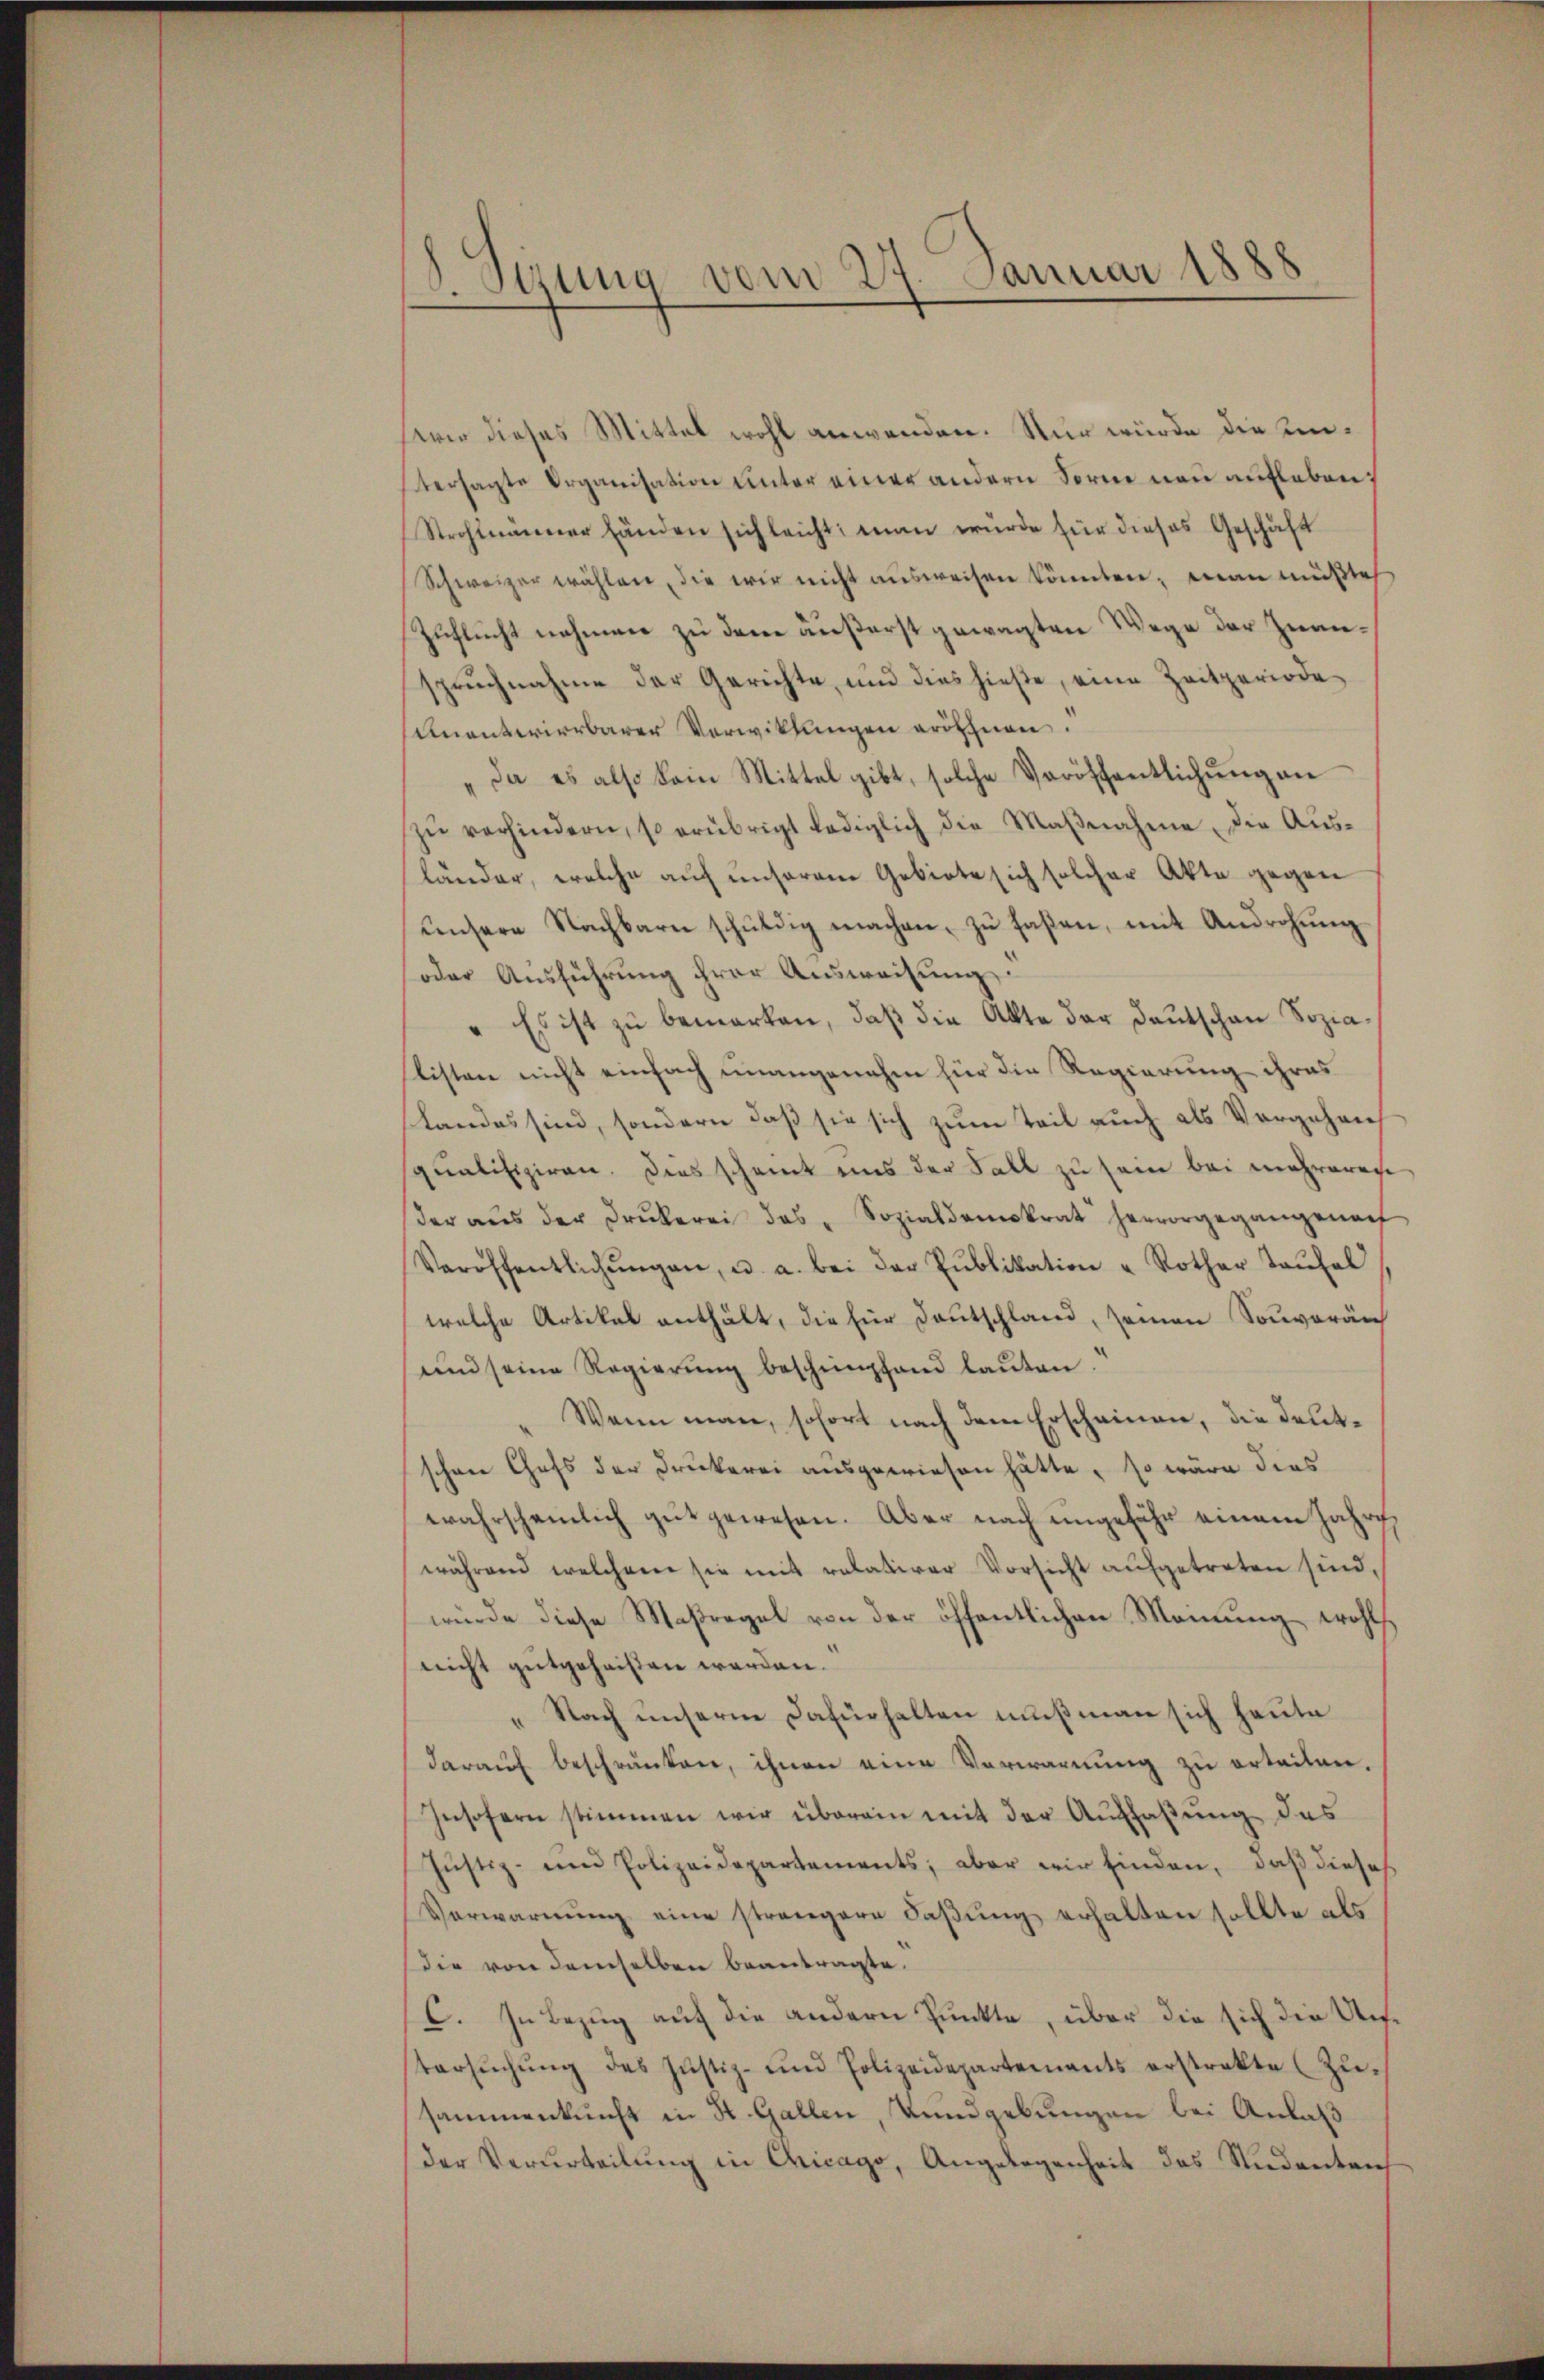
)
stung vom 27. Januar 1888

wir dieses Mittel wohl anwenden. Nur würde die untersagte Organisation unter einer andern Sorne neu aufleben
Strohlmänner Händen sich leicht; man wurde für dieses Geschäft
Schweizer wählen, die wir nicht ausweisen könnten; man müßte
Zuflucht nehmen zu den äußerst gewagten Wege der Zwanspruchnahme der Gerichte, und dies hieste, eine Zeitperiode
unentwirrbarer Verwitlungen eröfnen.
„Da es also kein Mittel gibt, solche Veröffentlichŭng an
zŭ verhindern, so erübrigt lediglich die Maβnahme die Ausländer, welche auf unserem Gebiete sich solcher Akte gegen
ŭnsere Nachbarn schŭldig machen zŭ faßen, mit Androhŭng
oder Ausführung ihrer Ausweisung.
" Es ist zu bemerken, daß die Akte der Deutschan Soziaslisten nicht einfach unangenehm für die Regierung ihres
slandes sind, sondern daß sie sich zum Teil auch als Vorgeheif
qualifiziren. Dies scheint uns der Fall zu sein bei mehreren
der aŭs der Drukerei das Sozialdemokrat hervorgegangenach
Veröffentlichŭngen, u. a. bei der Publikation "Rother Taufel
welche Artikal enthält, die für Deutschland, seinen Souverän
und seine Regierung beschimpfand lauten.
Wann man, sofort nach dem Erscheinen, die deutschen Chefs der Druckerei ausgewiesen hätte, so wäre dies
wahrscheinlich gut gewesen. Aber nach ungefähr einem Jahre
während welchem sie mit relativer Vorsicht aŭfgetreten sind,
würde diese Maßregel von der öffentlichen Monung wohl
nicht gutgeheißen werden.
„Nach unserne dafürhalten muß man sich heute
daraŭf beschränken, ihnen eine Verwarnŭng zŭ erteilen,
Insofern stimmen wir überein mit der Auffaßung das
Jŭstiz- und Polizeidepartements; aber wir finden, daß dieses
Verwarŭng eine strengere Faβŭng erhalten sollte als
die von demselben beantragte.
C. In Bezug auf die andern Punkte, über die sich die Untersŭchŭng des Justiz- und Polizeidepartements erstrakte (Zŭ-
sammenkunft in St. Gallen, Wundgebungen bei Anlaß
der Verurteilung in Chicago, Angelegenheit des Studentens